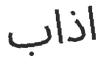
اذاب